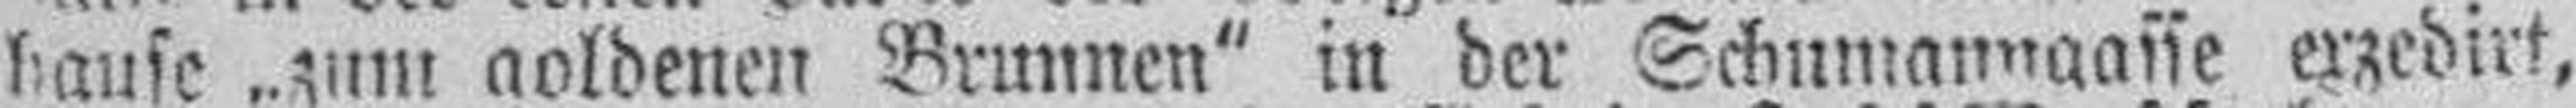
hause „zum goldenen Brunnen“ in der Schumanngaffe exzedirt,